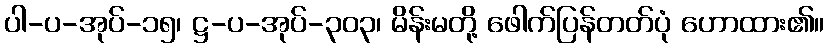
ပါ-ပ-အုပ်-၁၅၊ ဋ္ဌ-ပ-အုပ်-၃၀၃၊ မိန်းမတို့ ဖေါက်ပြန်တတ်ပုံ ဟောထား၏။